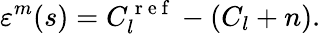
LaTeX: \varepsilon^{m}(s)=C_{l}^{\mathrm{~r~e~f~}}-(C_{l}+n).